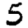
Digit: 5